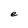
Character: e